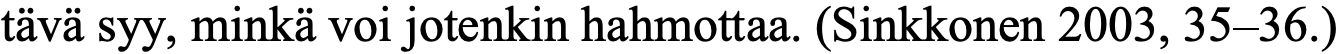
tävä syy, minkä voi jotenkin hahmottaa. (Sinkkonen 2003, 35–36.)